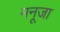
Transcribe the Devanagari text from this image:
मनूजा